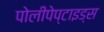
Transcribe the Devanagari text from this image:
पोलीपेप्टाइड्स